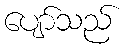
ပျော်သည်